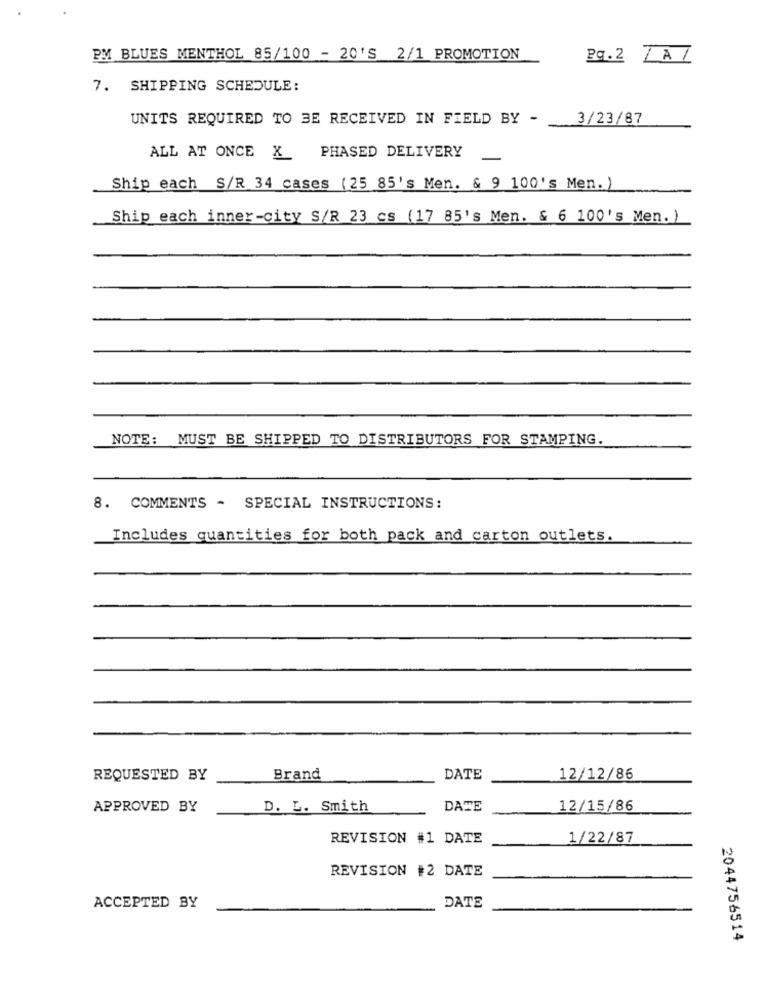
PM BLUES MENTHOL 85/100 - 20'S 2/1 PROMOTION
Pg.2 ZAZ
7. SHIPPING SCHEDULE:
UNITS REQUIRED TO BE RECEIVED IN FIELD BY -
3/23/87
ALL AT ONCE X PHASED DELIVERY
Ship each S/R 34 cases ( 25 85's Men. & 9 100's Men.)
Ship each inner-city S/R 23 cs (17 85's Men. & 6 100's Men. )
NOTE: MUST BE SHIPPED TO DISTRIBUTORS FOR STAMPING.
8. COMMENTS - SPECIAL INSTRUCTIONS:
Includes quantities for both pack and carton outlets.
REQUESTED BY
Brand
DATE
12/12/86
APPROVED BY
D. L. Smith
DATE
12/15/86
REVISION #1 DATE
1/22/87
REVISION #2 DATE
ACCEPTED BY
DATE
2044756514